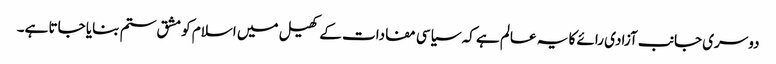
دوسری جانب آزادی رائے کا یہ عالم ہے کہ سیاسی مفادات کے کھیل میں اسلام کو مشق ستم بنایا جاتا ہے۔